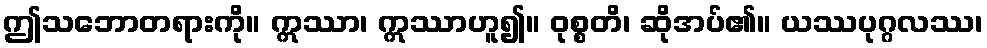
ဤသဘောတရားကို။ ဣဿာ၊ ဣဿာဟူ၍။ ဝုစ္စတိ၊ ဆိုအပ်၏။ ယဿပုဂ္ဂလဿ၊